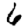
Digit: 6